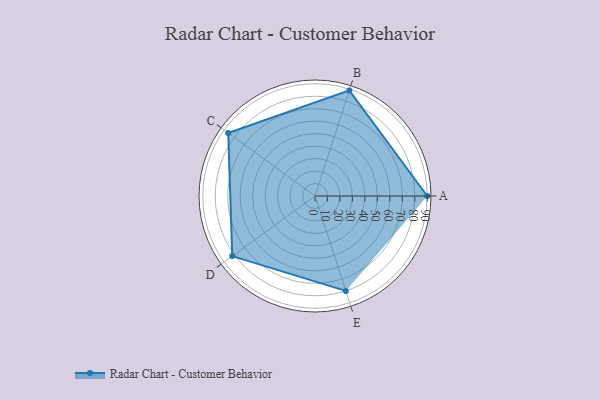
{"axis": {"x": "Skill", "y": "Score"}, "legend": ["Profile"], "data": [{"x": "A", "y": 90.0, "type": "Profile"}, {"x": "B", "y": 89.0, "type": "Profile"}, {"x": "C", "y": 86.0, "type": "Profile"}, {"x": "D", "y": 82.0, "type": "Profile"}, {"x": "E", "y": 80.0, "type": "Profile"}]}